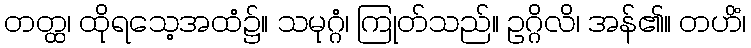
တတ္ထ၊ ထိုရသေ့အထံ၌။ သမုဂ္ဂံ၊ ကြုတ်သည်။ ဥဂ္ဂိလိ၊ အန်၏။ တဟိံ၊